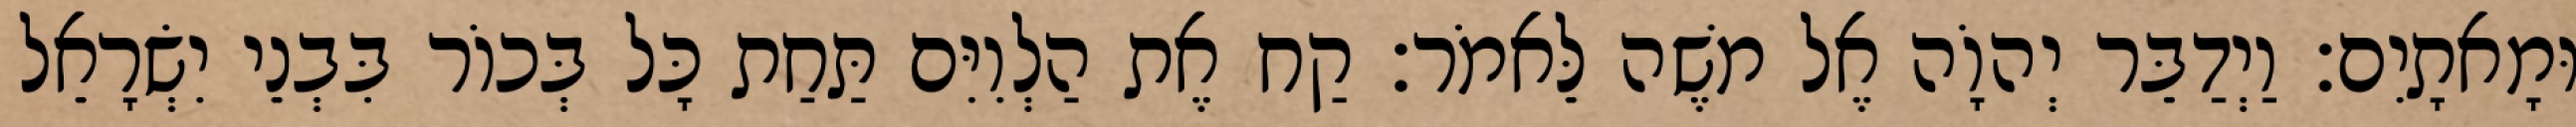
וּמָאתָיִם׃ וַיְדַבֵּר יְהוָֹה אֶל משֶׁה לֵּאמֹר׃ קַח אֶת הַלְוִיִּם תַּחַת כָּל בְּכוֹר בִּבְנֵי יִשְׂרָאֵל